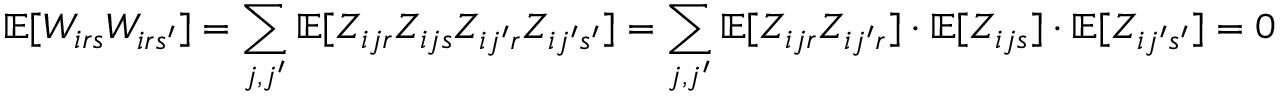
\mathbb { E } [ W _ { i r s } W _ { i r s ^ { \prime } } ] = \sum _ { j , j ^ { \prime } } \mathbb { E } [ Z _ { i j r } Z _ { i j s } Z _ { i j ^ { \prime } r } Z _ { i j ^ { \prime } s ^ { \prime } } ] = \sum _ { j , j ^ { \prime } } \mathbb { E } [ Z _ { i j r } Z _ { i j ^ { \prime } r } ] \cdot \mathbb { E } [ Z _ { i j s } ] \cdot \mathbb { E } [ Z _ { i j ^ { \prime } s ^ { \prime } } ] = 0